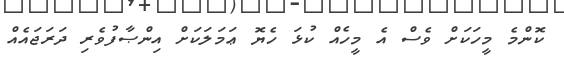
ކޮންމެ މީހަކަށް ވެސް އެ މީހެއް ކުޅަ ހެޔޮ ޢަމަލަކަށް އިންޞާފުވެރި ދަރަޖައެއް